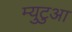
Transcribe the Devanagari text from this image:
म्युटुआ